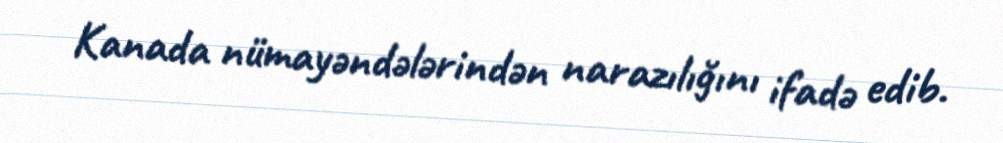
Kanada nümayəndələrindən narazılığını ifadə edib.